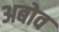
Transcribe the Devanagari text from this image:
अबोव